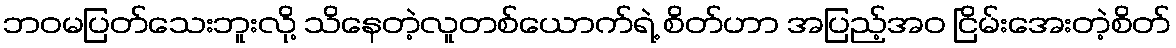
ဘဝမပြတ်သေးဘူးလို့ သိနေတဲ့လူတစ်ယောက်ရဲ့ စိတ်ဟာ အပြည့်အဝ ငြိမ်းအေးတဲ့စိတ်